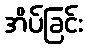
အိပ်ခြင်း